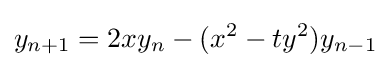
y_{n+1}=2xy_{n}-(x^{2}-ty^{2})y_{n-1}